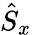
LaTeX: \hat{S}_{x}